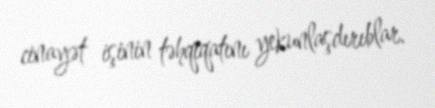
cinayət işinin təhqiqatını yekunlaşdırıblar.